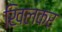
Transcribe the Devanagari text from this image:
खिलकर